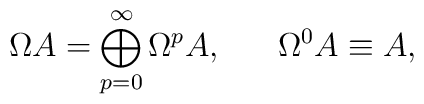
\Omega A = \bigoplus^\infty_{p = 0}\Omega^p A    ,    \ \ \ \ \   \Omega^0 A \equiv A,